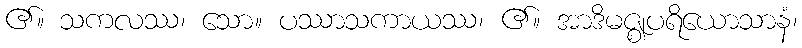
၏။ သကလဿ၊ သော။ ပဿာသကာယဿ၊ ၏။ အာဒိမဇ္ဈပရိယောသာနံ၊